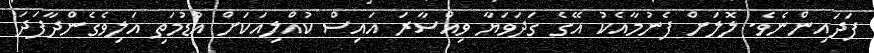
ފަދައިންނެވެ. ލޮލަށް ފެނުމާއެކު އޭގެ ގަދަވަޔާ ވިއްސާރަ އައިސް ކުއްލިއަކަށް އުޑުމަތި އަލިވެގެންދާފަދަ